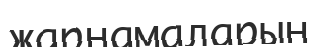
жарнамаларын